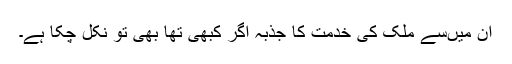
ان میں‌سے ملک کی خدمت کا جذبہ اگر کبھی تھا بھی تو نکل چکا ہے۔